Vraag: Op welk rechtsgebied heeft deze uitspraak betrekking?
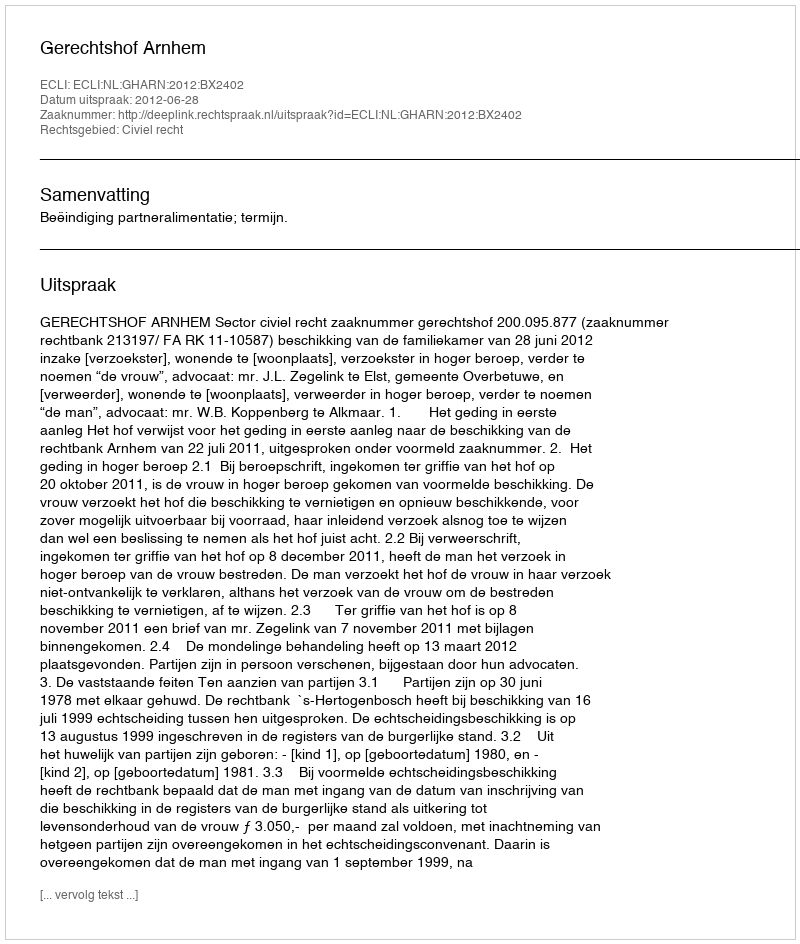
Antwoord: Civiel recht